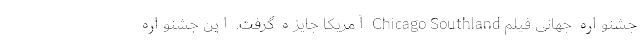
جشنواره جهانی فیلم Chicago Southland آمریکا جایزه گرفت. این جشنواره